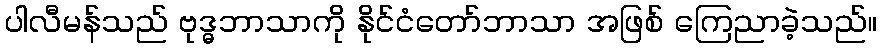
ပါလီမန်သည် ဗုဒ္ဓဘာသာကို နိုင်ငံတော်ဘာသာ အဖြစ် ကြေညာခဲ့သည်။